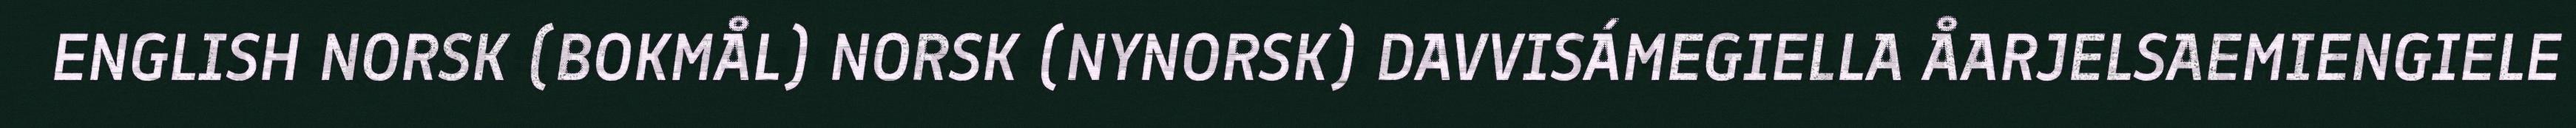
ENGLISH NORSK (BOKMÅL) NORSK (NYNORSK) DAVVISÁMEGIELLA ÅARJELSAEMIENGIELE